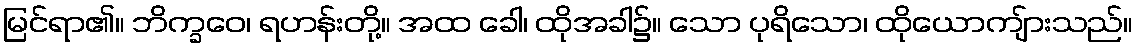
မြင်ရာ၏။ ဘိက္ခဝေ၊ ရဟန်းတို့။ အထ ခေါ၊ ထိုအခါ၌။ သော ပုရိသော၊ ထိုယောကျ်ားသည်။